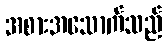
အစားအသောက်သည်